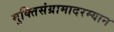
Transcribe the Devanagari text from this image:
मुक्तिसंग्रामादरम्यान